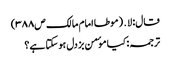
قال: لا․ (موطا امام مالک ص۳۸۸)
ترجمہ:کیا موٴمن بزدل ہوسکتا ہے؟